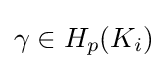
\gamma \in H_{p}(K_{i})